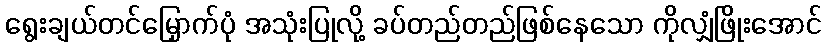
ရွေးချယ်တင်မြှောက်ပုံ အသုံးပြုလို့ ခပ်တည်တည်ဖြစ်နေသော ကိုလျှံဖြိုးအောင်